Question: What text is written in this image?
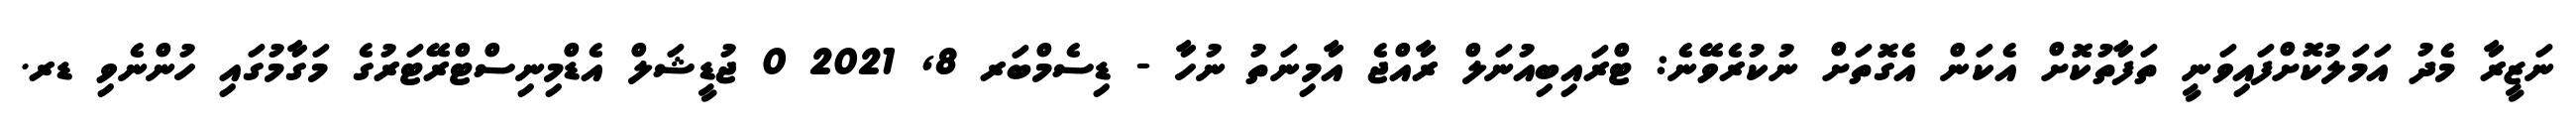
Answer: ނަޒީރާ މެދު އަމަލުކޮށްފައިވަނީ ތަފާތުކޮށް އެކަން އެގޮތަށް ނުކުރެވޭނެ: ޓްރައިބިއުނަލް ރާއްޖެ އާމިނަތު ނުހާ - ޑިސެމްބަރ 8, 2021 0 ޖުޑީޝަލް އެޑްމިނިސްޓްރޭޓަރުގެ މަގާމުގައި ހުންނެވި ޑރ.